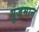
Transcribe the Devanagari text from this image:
गुजमान